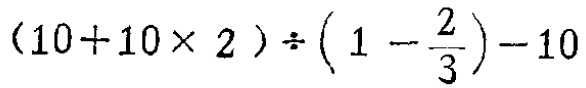
\((10 + 10\times 2)\div\left(1 - \frac{2}{3}\right)-10\)